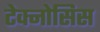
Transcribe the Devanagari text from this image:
टेक्नोसिस